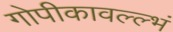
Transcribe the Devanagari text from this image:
गोपीकावल्ल्भं